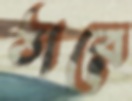
ঠারে